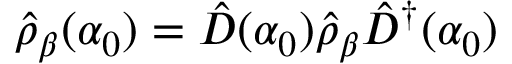
\hat { \rho } _ { \beta } ( \alpha _ { 0 } ) = \hat { D } ( \alpha _ { 0 } ) \hat { \rho } _ { \beta } \hat { D } ^ { \dag } ( \alpha _ { 0 } )